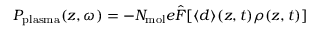
P _ { \mathrm { p l a s m a } } ( z , \omega ) = - N _ { \mathrm { m o l } } e \hat { F } [ \langle d \rangle ( z , t ) \rho ( z , t ) ]